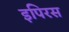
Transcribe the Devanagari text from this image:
इपिरस